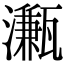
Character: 𤁦